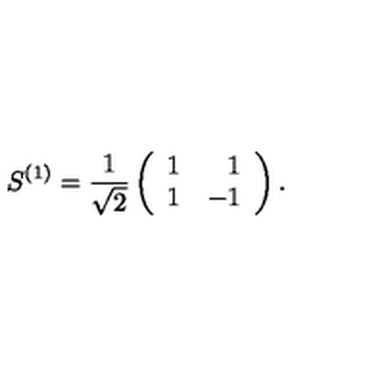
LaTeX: S ^ { ( 1 ) } = \frac { 1 } { \sqrt 2 } \left( \begin{array} { l r } { 1 } & { 1 } \\ { 1 } & { - 1 } \\ \end{array} \right) .